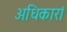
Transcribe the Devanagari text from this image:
अधिकारां